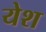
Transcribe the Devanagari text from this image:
येश